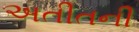
અતીતની